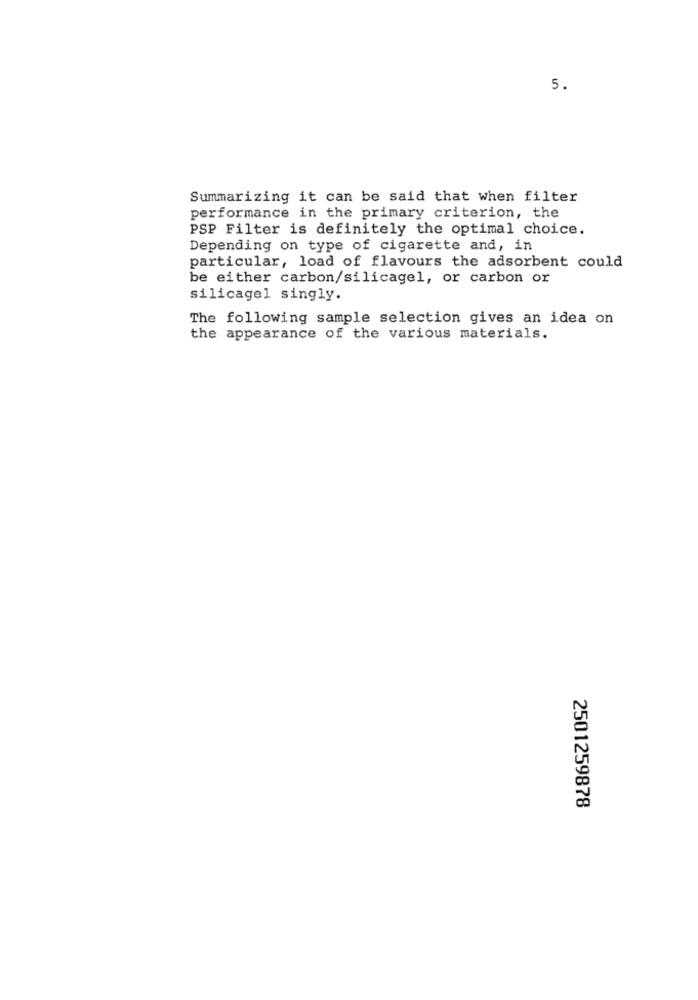
5.
Summarizing it can be said that when filter
performance in the primary criterion, the
PSP Filter is definitely the optimal choice.
Depending on type of cigarette and, in
particular, load of flavours the adsorbent could
be either carbon/silicagel, or carbon or
silicagel singly.
The following sample selection gives an idea on
the appearance of the various materials.
2501259878